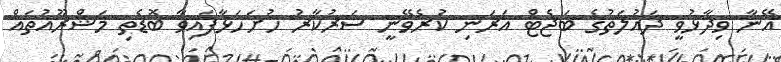
އޭނާ ވިދާޅުވީ ދައުލަތުގެ ބަޖެޓް އަރަނި ކުރެވޭނީ ސަރުކާރު ހުށަހަޅާފައިވާ ބޮޑެތި މަޝްރޫއުތައް